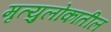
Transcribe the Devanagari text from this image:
मृत्युलोकातील